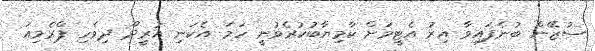
ސުޒޭން ބުނެފައިވާ އިރު އެޓީމަށް ކާމިޔާބުކުރެވުނީ ހަމަ އެކަނި އުރީދޫ ދިވެހި ޕްރެމިއަ